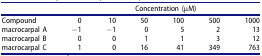
<table><thead><tr><td><b> </b></td><td colspan="6"><b>Concentration (μM)</b></td></tr></thead><tbody><tr><td>Compound</td><td>0</td><td>10</td><td>50</td><td>100</td><td>500</td><td>1000</td></tr><tr><td>macrocarpal A</td><td>−1</td><td>−1</td><td>0</td><td>5</td><td>2</td><td>13</td></tr><tr><td>macrocarpal B</td><td>0</td><td>0</td><td>1</td><td>1</td><td>3</td><td>12</td></tr><tr><td>macrocarpal C</td><td>1</td><td>0</td><td>16</td><td>41</td><td>349</td><td>763</td></tr></tbody></table>